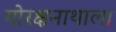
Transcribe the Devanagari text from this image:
गोरक्षनाथाला